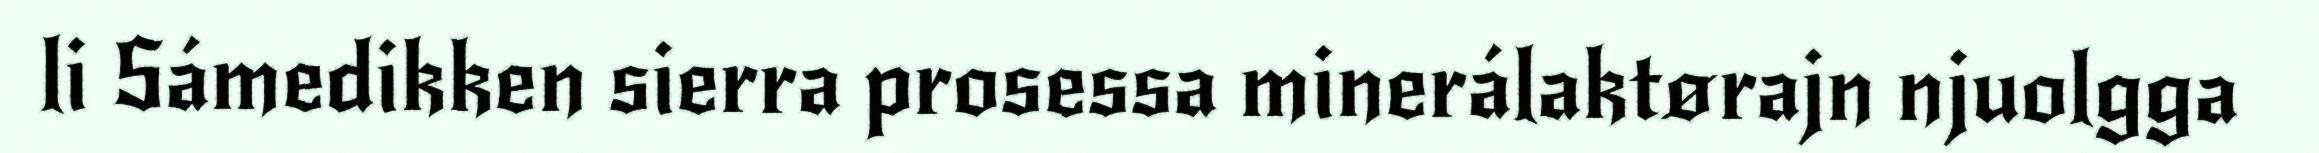
li Sámedikken sierra prosessa minerálaktørajn njuolgga